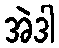
အဲဒါ